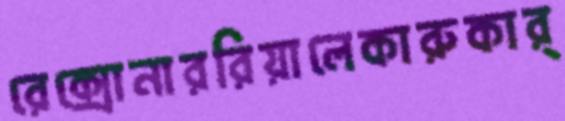
রেক্সোনাররিয়ালেকারুকার্